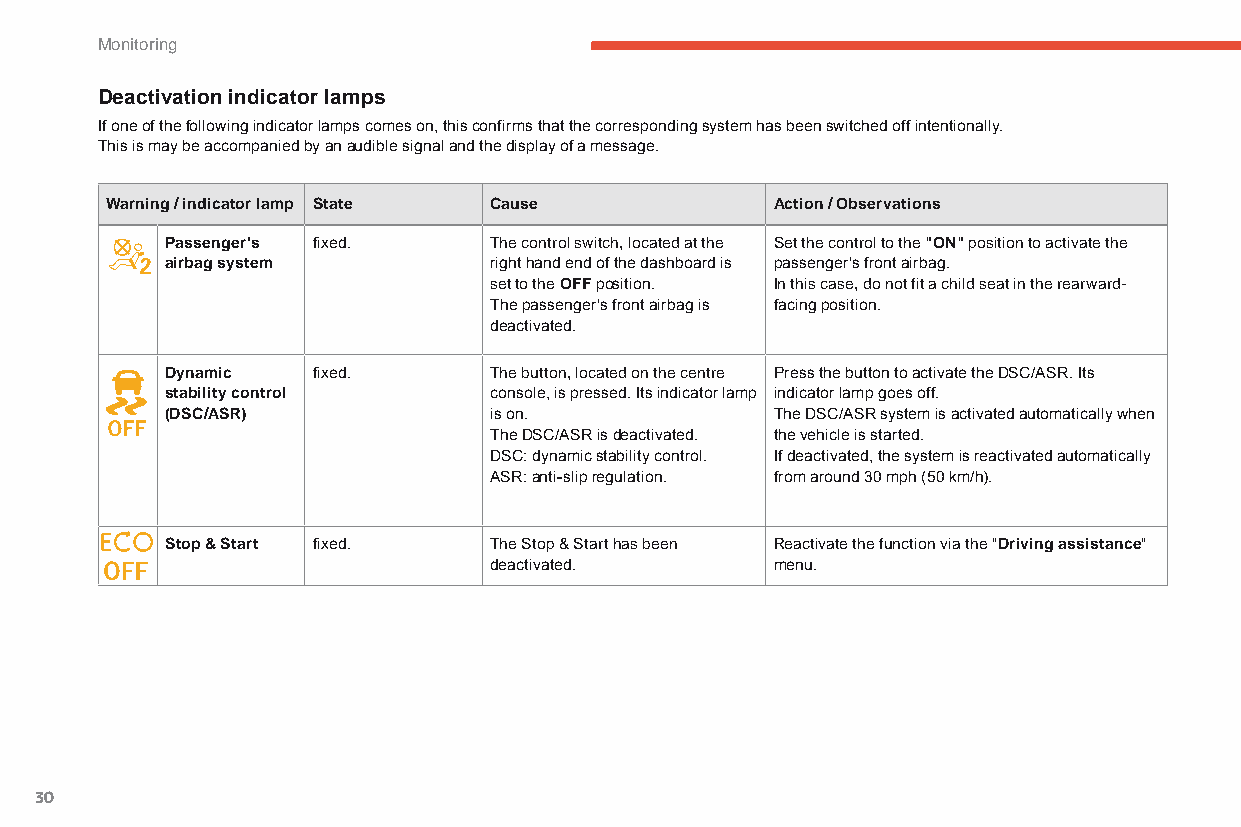
Monitoring
 Deactivation indicator lamps
 If one of the following indicator lamps comes on, this confirms that the corresponding system has been switched off intentionally.
 This is may be accompanied by an audible signal and the display of a message.
 Warning / indicator lamp State Cause        Action / Observations
 Passenger's fixed.   The control switch, located at the Set the control to the "ON" position to activate the
 airbag system        right hand end of the dashboard is passenger's front airbag.
 set to the OFF position. In this case, do not fit a child seat in the rearward-
 The passenger's front airbag is facing position.
 deactivated.
 Dynamic   fixed.     The button, located on the centre Press the button to activate the DSC/ASR. Its
 stability control    console, is pressed. Its indicator lamp indicator lamp goes off.
 (DSC/ASR)            is on.             The DSC/ASR system is activated automatically when
 The DSC/ASR is deactivated. the vehicle is started.
 DSC: dynamic stability control. If deactivated, the system is reactivated automatically
 ASR: anti-slip regulation. from around 30 mph (50 km/h).
 Stop & Start fixed.  The Stop & Start has been Reactivate the function via the "Driving assistance"
 deactivated.       menu.
 30